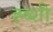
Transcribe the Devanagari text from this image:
ह्ब्शी